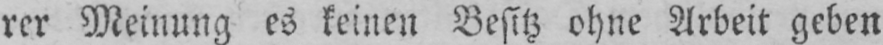
rer Meinung es keinen Besitz ohne Arbeit geben